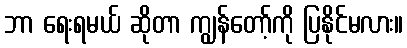
ဘာ ရေးရမယ် ဆိုတာ ကျွန်တော့်ကို ပြနိုင်မလား။